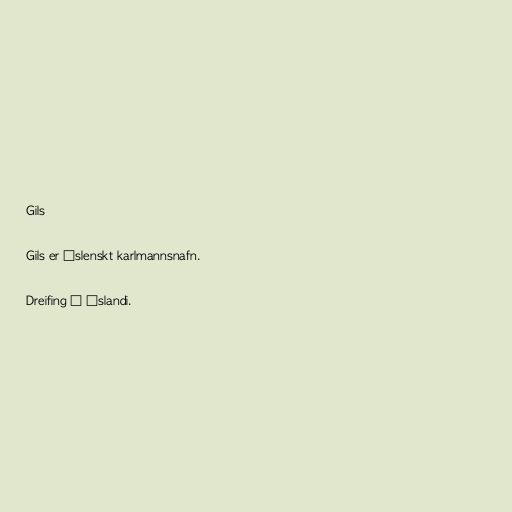
Gils

Gils er íslenskt karlmannsnafn.

Dreifing á Íslandi.